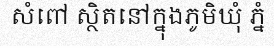
សំពៅ ស្ថិតនៅក្នុងភូមិឃុំ ភ្នំ